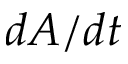
d A / d t